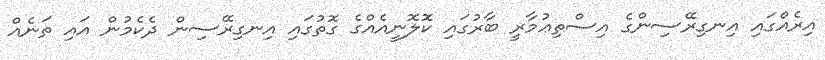
އިރެއްގައި އިނގިރޭސިންގެ އިސްތިޢުމާރީ ބާރުގައި ކޮލޮނީއެއްގެ ގޮތުގައި އިނގިރޭސިން ދެކެމުން އައި ތަނެއް